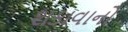
શકાવાનો